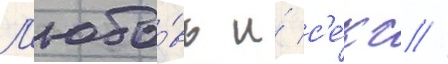
Л'юбо́вь и́ с'е́кс //